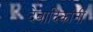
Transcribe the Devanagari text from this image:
देवादिकांनी